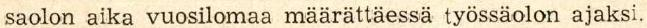
saolon aika vuosilomaa määrättaessä työssäolon ajaksi.